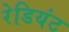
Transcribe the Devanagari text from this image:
रेडियंट